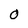
Character: 0